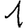
Digit: 1